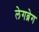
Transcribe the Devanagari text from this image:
लेगब्रेग